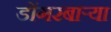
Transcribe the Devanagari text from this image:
डोंगरबाऱ्या